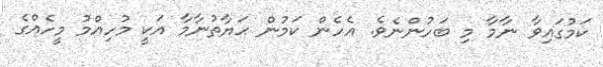
ކަމުގައިވާ ނާމާ މި ބަހުންނެވެ. އެހެން ކަމުން ޙަޔާތުނާމާ އަކީ މުހިއްމު މީހެއްގެ